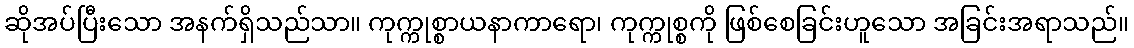
ဆိုအပ်ပြီးသော အနက်ရှိသည်သာ။ ကုက္ကုစ္စာယနာကာရော၊ ကုက္ကုစ္စကို ဖြစ်စေခြင်းဟူသော အခြင်းအရာသည်။